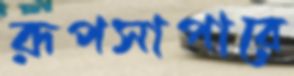
রূপসাপারে